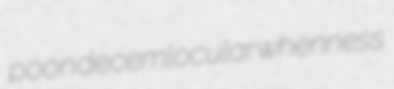
poon decemlocular whenness